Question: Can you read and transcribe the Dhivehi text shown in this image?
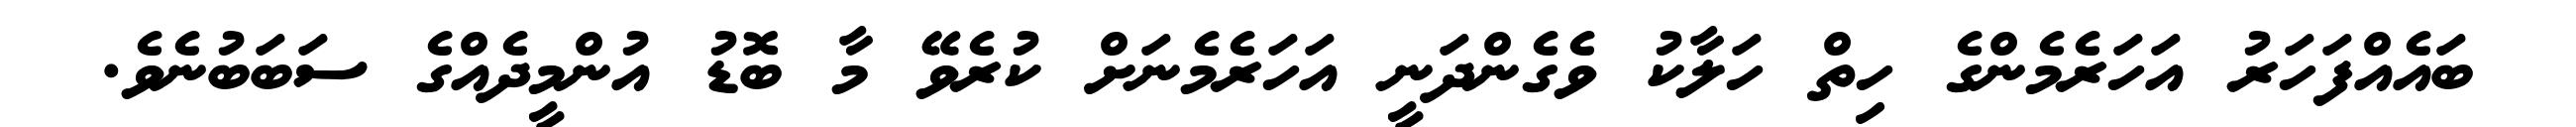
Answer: ބައެއްފަހަރު އަހަރެމެންގެ ހިތް ހަލާކު ވެގެންދަނީ އަހަރެމެނަށް ކުރެވޭ މާ ބޮޑު އުންމީދެއްގެ ސަބަބުނެވެ.